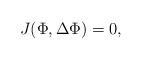
LaTeX: \begin{align*} J(\Phi,\Delta \Phi)=0,\end{align*}